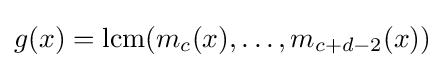
g(x)={\rm {lcm}}(m_{c}(x),\ldots ,m_{c+d-2}(x))